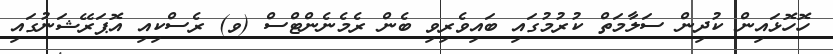
ހޮހޮޅައިން ކުދިން ސަލާމަތް ކުރުމުގައި ބައިވެރިވި ބެން ރެމެނެންޓްސް (ވ) ރެސްކިއި އޮޕަރޭޝަނުގައި